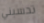
تحسبني